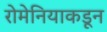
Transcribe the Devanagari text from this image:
रोमेनियाकडून